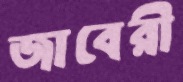
জাবেরী